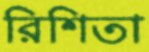
রিশিতা